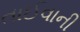
તાઈવાની